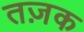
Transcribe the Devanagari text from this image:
तज़क